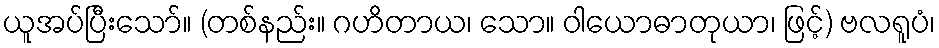
ယူအပ်ပြီးသော်။ (တစ်နည်း။ ဂဟိတာယ၊ သော။ ဝါယောဓာတုယာ၊ ဖြင့်) ဗလရူပံ၊